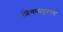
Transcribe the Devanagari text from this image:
शिंगणापूरला